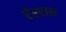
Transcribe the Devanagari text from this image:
रेहरास